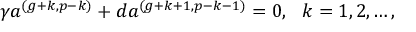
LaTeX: \gamma a ^ { ( g + k , p - k ) } + d a ^ { ( g + k + 1 , p - k - 1 ) } = 0 , \ \ k = 1 , 2 , \ldots ,